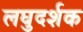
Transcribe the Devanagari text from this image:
लघुदर्शक